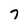
Character: 7